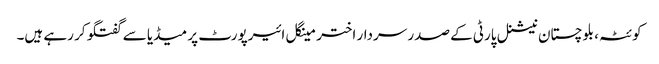
کوئٹہ، بلوچستان نیشنل پارٹی کے صدر سردار اختر مینگل ائیرپورٹ پر میڈیا سے گفتگو کر رہے ہیں۔